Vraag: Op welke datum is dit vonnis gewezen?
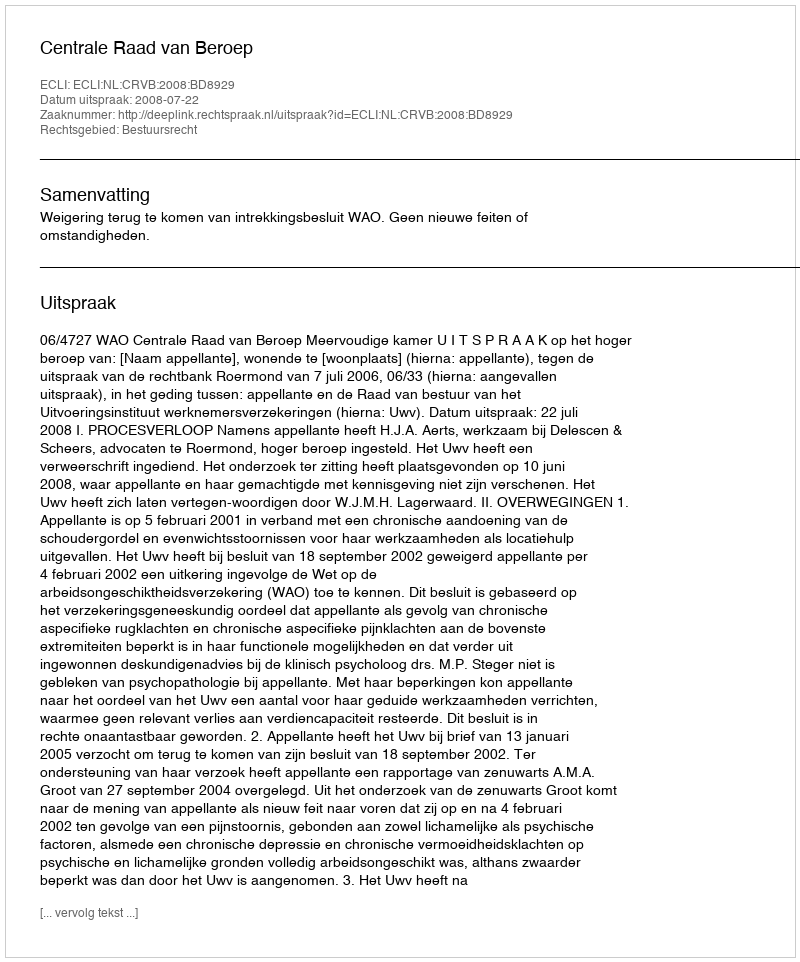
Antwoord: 2008-07-22